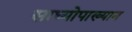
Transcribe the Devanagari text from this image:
साध्योपाख्यान